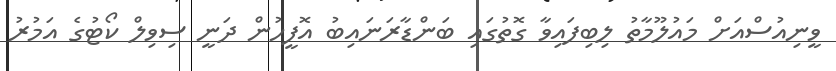
ވީނިއުސްއަށް މައުލޫމާތު ލިބިފައިވާ ގޮތުގައި ބަންޑާރަނައިބު އޮފީހުން ދަނީ ސިވިލް ކޯޓުގެ އަމުރު